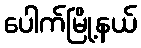
ပေါက်မြို့နယ်